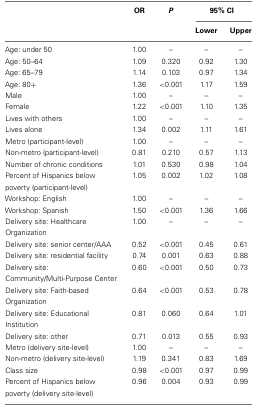
<table><thead><tr><td></td><td><b>OR</b></td><td><b><i>P</i></b></td><td colspan="2"><b>95% CI</b></td></tr><tr><td></td><td></td><td></td><td><b>Lower</b></td><td><b>Upper</b></td></tr></thead><tbody><tr><td>Age: under 50</td><td>1.00</td><td>–</td><td>–</td><td>–</td></tr><tr><td>Age: 50–64</td><td>1.09</td><td>0.320</td><td>0.92</td><td>1.30</td></tr><tr><td>Age: 65–79</td><td>1.14</td><td>0.103</td><td>0.97</td><td>1.34</td></tr><tr><td>Age: 80+</td><td>1.36</td><td>&lt;0.001</td><td>1.17</td><td>1.59</td></tr><tr><td>Male</td><td>1.00</td><td>–</td><td>–</td><td>–</td></tr><tr><td>Female</td><td>1.22</td><td>&lt;0.001</td><td>1.10</td><td>1.35</td></tr><tr><td>Lives with others</td><td>1.00</td><td>–</td><td>–</td><td>–</td></tr><tr><td>Lives alone</td><td>1.34</td><td>0.002</td><td>1.11</td><td>1.61</td></tr><tr><td>Metro (participant-level)</td><td>1.00</td><td>–</td><td>–</td><td>–</td></tr><tr><td>Non-metro (participant-level)</td><td>0.81</td><td>0.210</td><td>0.57</td><td>1.13</td></tr><tr><td>Number of chronic conditions</td><td>1.01</td><td>0.530</td><td>0.98</td><td>1.04</td></tr><tr><td>Percent of Hispanics below poverty (participant-level)</td><td>1.05</td><td>0.002</td><td>1.02</td><td>1.08</td></tr><tr><td>Workshop: English</td><td>1.00</td><td>–</td><td>–</td><td>–</td></tr><tr><td>Workshop: Spanish</td><td>1.50</td><td>&lt;0.001</td><td>1.36</td><td>1.66</td></tr><tr><td>Delivery site: Healthcare Organization</td><td>1.00</td><td>–</td><td>–</td><td>–</td></tr><tr><td>Delivery site: senior center/AAA</td><td>0.52</td><td>&lt;0.001</td><td>0.45</td><td>0.61</td></tr><tr><td>Delivery site: residential facility</td><td>0.74</td><td>0.001</td><td>0.63</td><td>0.88</td></tr><tr><td>Delivery site: Community/Multi-Purpose Center</td><td>0.60</td><td>&lt;0.001</td><td>0.50</td><td>0.73</td></tr><tr><td>Delivery site: Faith-based Organization</td><td>0.64</td><td>&lt;0.001</td><td>0.53</td><td>0.78</td></tr><tr><td>Delivery site: Educational Institution</td><td>0.81</td><td>0.060</td><td>0.64</td><td>1.01</td></tr><tr><td>Delivery site: other</td><td>0.71</td><td>0.013</td><td>0.55</td><td>0.93</td></tr><tr><td>Metro (delivery site-level)</td><td>1.00</td><td>–</td><td>–</td><td>–</td></tr><tr><td>Non-metro (delivery site-level)</td><td>1.19</td><td>0.341</td><td>0.83</td><td>1.69</td></tr><tr><td>Class size</td><td>0.98</td><td>&lt;0.001</td><td>0.97</td><td>0.99</td></tr><tr><td>Percent of Hispanics below poverty (delivery site-level)</td><td>0.96</td><td>0.004</td><td>0.93</td><td>0.99</td></tr></tbody></table>